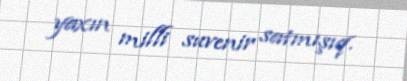
yaxın milli suvenir satmışıq.